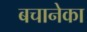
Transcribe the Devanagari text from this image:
बचानेका